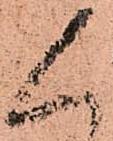
人